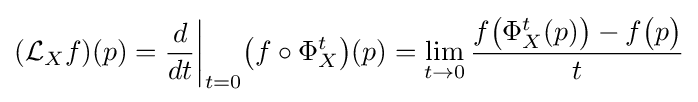
({\mathcal {L}}_{X}f)(p)={d \over dt}{\biggr |}_{t=0}{\bigl (}f\circ \Phi _{X}^{t}{\bigr )}(p)=\lim _{t\to 0}{\frac {f{\bigl (}\Phi _{X}^{t}(p){\bigr )}-f{\bigl (}p{\bigr )}}{t}}